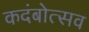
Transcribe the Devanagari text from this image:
कदंबोत्सव